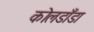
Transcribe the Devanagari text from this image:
कोलडाँडा